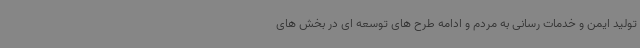
تولید ایمن و خدمات رسانی به مردم و ادامه طرح های توسعه ای در بخش های